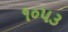
૧૦૫૩